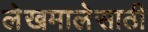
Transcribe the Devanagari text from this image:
लेखमालेसाठी